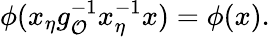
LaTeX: \phi(x_{\eta}g_{\mathcal{O}}^{-1}x_{\eta}^{-1}x)=\phi(x).